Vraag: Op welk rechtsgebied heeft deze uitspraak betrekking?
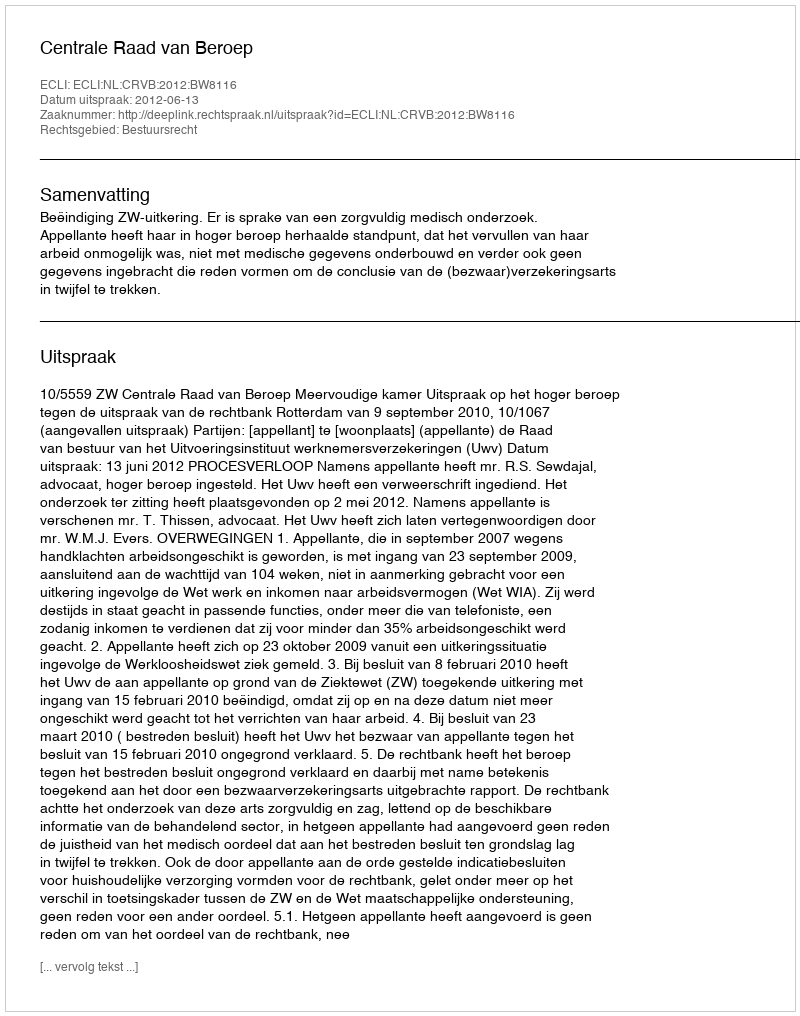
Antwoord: Bestuursrecht